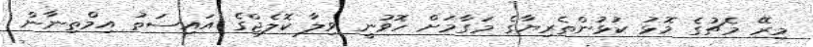
މިރޭ މެޗުގެ މޮޅު ކުޅުންތެރިޔާގެ މަގާމަށް ހޮވުނީ ވިލާ ކޮލެޖްގެ އައިސަތު އިމްތިނާން